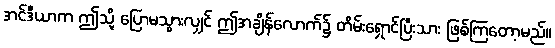
အင်ဒီယာက ဤသို့ ပြောမသွားလျှင် ဤအချိန်လောက်၌ တိမ်းရှောင်ပြီးသား ဖြစ်ကြတော့မည်။